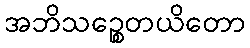
အဘိသဉ္စေတယိတော